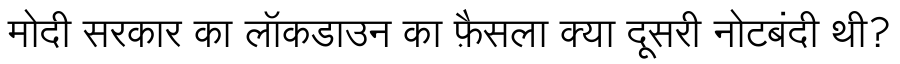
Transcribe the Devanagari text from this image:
मोदी सरकार का लॉकडाउन का फ़ैसला क्या दूसरी नोटबंदी थी?